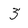
Character: 3